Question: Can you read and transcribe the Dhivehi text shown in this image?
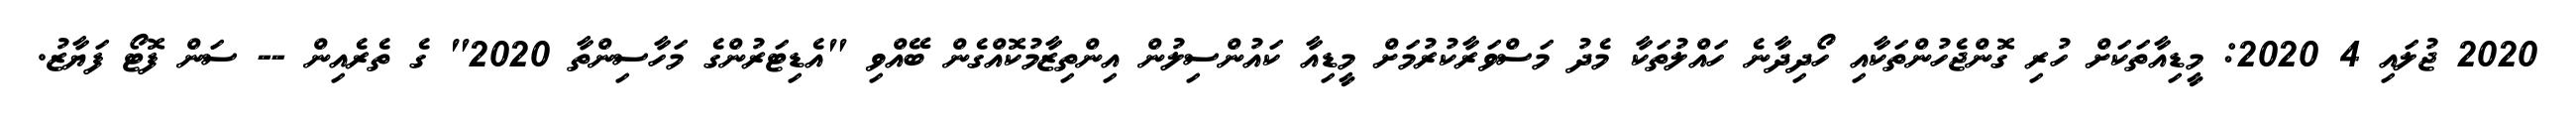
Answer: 2020 ޖުލައި 4 2020: މީޑިއާތަކަށް ހުރި ގޮންޖެހުންތަކާއި ހޯދިދާނެ ހައްލުތަކާ މެދު މަސްވަރާކުރުމަށް މީޑިއާ ކައުންސިލުން އިންތިޒާމުކޮއްގެން ބޭއްވި "އެޑިޓަރުންގެ މަހާސިންތާ 2020" ގެ ތެރެއިން -- ސަން ފޮޓޯ ފަޔާޒު.